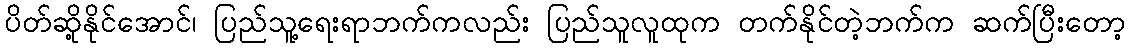
ပိတ်ဆို့နိုင်အောင်၊ ပြည်သူ့ရေးရာဘက်ကလည်း ပြည်သူလူထုက တက်နိုင်တဲ့ဘက်က ဆက်ပြီးတော့